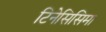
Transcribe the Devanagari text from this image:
टिनेसिसिमा